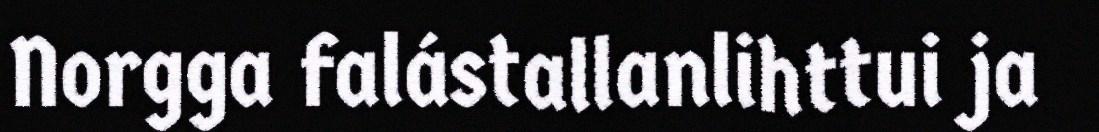
Norgga falástallanlihttui ja